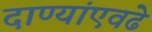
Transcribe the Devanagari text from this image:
दाण्यांएवढे